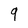
Character: 9